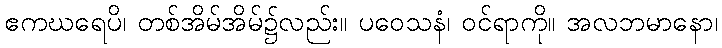
ဧကဃရေပိ၊ တစ်အိမ်အိမ်၌လည်း။ ပဝေသနံ၊ ဝင်ရာကို။ အလဘမာနော၊